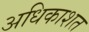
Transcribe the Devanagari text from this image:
अधिकाशत